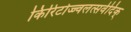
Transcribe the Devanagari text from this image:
किरिटोज्ज्वलत्सर्वदिक्‌